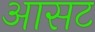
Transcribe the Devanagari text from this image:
आसट